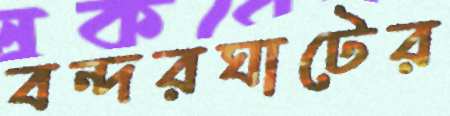
বন্দরঘাটের